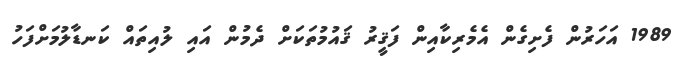
1989 އަހަރުން ފެށިގެން އެމެރިކާއިން ފަޤީރު ޤައުމުތަކަށް ދެމުން އައި ލުއިތައް ކަނޑާލުމަށްފަހު